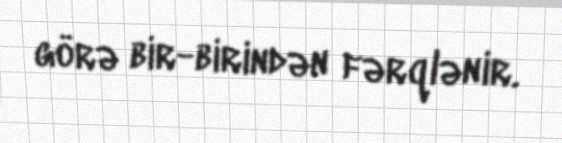
görə bir-birindən fərqlənir.